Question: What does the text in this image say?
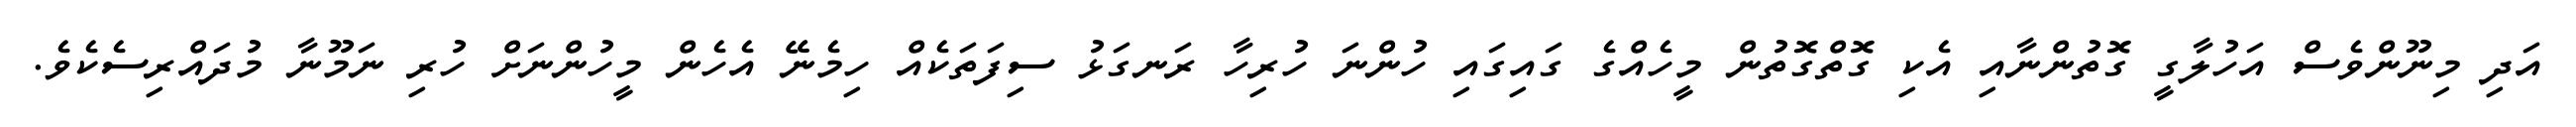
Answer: އަދި މިނޫންވެސް އަހުލާގީ ގޮތުންނާއި އެކި ގޮތްގޮތުން މީހެއްގެ ގައިގައި ހުންނަ ހުރިހާ ރަނގަޅު ސިފަތަކެއް ހިމެނޭ އެހެން މީހުންނަށް ހުރި ނަމޫނާ މުދައްރިސެކެވެ.